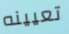
تعيينه